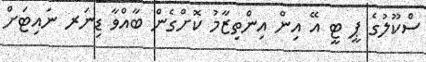
ސްކޫލުގެ ޕީ ޓީ އޭ އިން އިންތިޒާމު ކޮށްގެން ބާއްވާ ޑިނަރ ނައިޓަށް